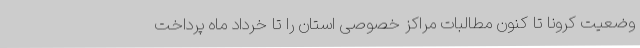
وضعیت کرونا تا کنون مطالبات مراکز خصوصی استان را تا خرداد ماه پرداخت